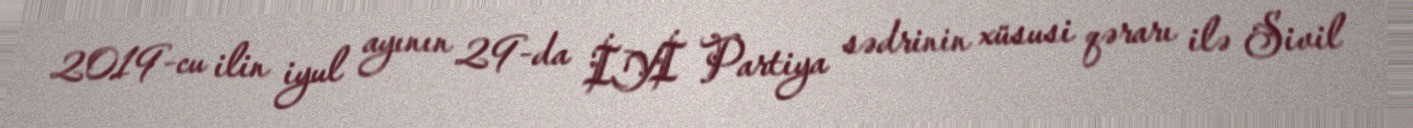
2019-cu ilin iyul ayının 29-da İYİ Partiya sədrinin xüsusi qərarı ilə Sivil